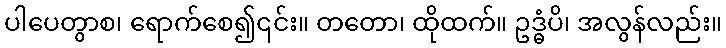
ပါပေတွာစ၊ ရောက်စေ၍၎င်း။ တတော၊ ထိုထက်။ ဥဒ္ဓံပိ၊ အလွန်လည်း။